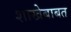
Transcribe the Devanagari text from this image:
शाखेबाबत